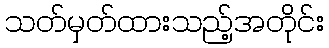
သတ်မှတ်ထားသည့်အတိုင်း